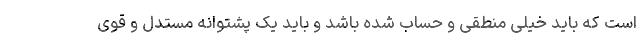
است که باید خیلی منطقی و حساب شده باشد و باید یک پشتوانه مستدل و قوی